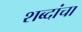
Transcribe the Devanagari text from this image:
शब्दांचा